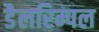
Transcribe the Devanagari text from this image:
डैलरिम्पल